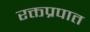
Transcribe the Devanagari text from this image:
रक्तप्रपात